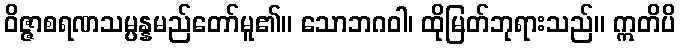
ဝိဇ္ဇာစရဏသမ္ပန္နမည်တော်မူ၏။ သောဘဂဝါ၊ ထိုမြတ်ဘုရားသည်။ ဣတိပိ